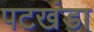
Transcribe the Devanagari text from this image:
पटखंडा